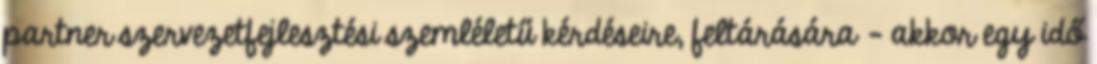
partner szervezetfejlesztési szemléletű kérdéseire, feltárására - akkor egy idő